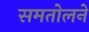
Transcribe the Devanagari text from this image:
समतोलने